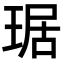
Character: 琚